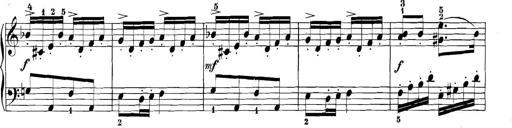
Title: 3 Sonatinas
Composer: Carl Reinecke